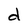
Character: d